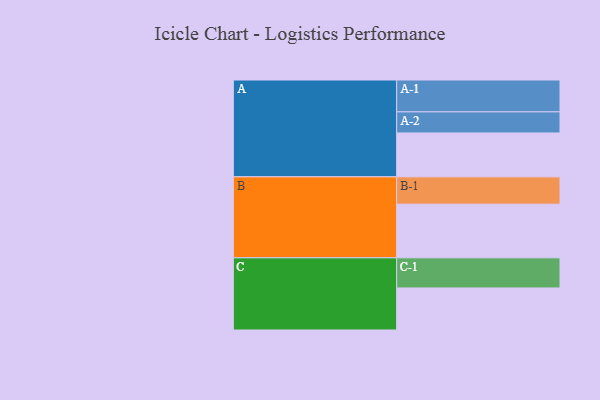
{"axis": {"x": "Segment", "y": "Value"}, "legend": ["", "A", "B", "C"], "data": [{"x": "A", "y": 409, "type": ""}, {"x": "B", "y": 500, "type": ""}, {"x": "C", "y": 392, "type": ""}, {"x": "A-1", "y": 297, "type": "A"}, {"x": "A-2", "y": 197, "type": "A"}, {"x": "B-1", "y": 255, "type": "B"}, {"x": "C-1", "y": 281, "type": "C"}]}